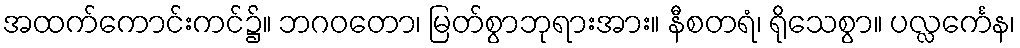
အထက်ကောင်းကင်၌။ ဘဂဝတော၊ မြတ်စွာဘုရားအား။ နီစတရံ၊ ရိုသေစွာ။ ပလ္လင်္ကေန၊